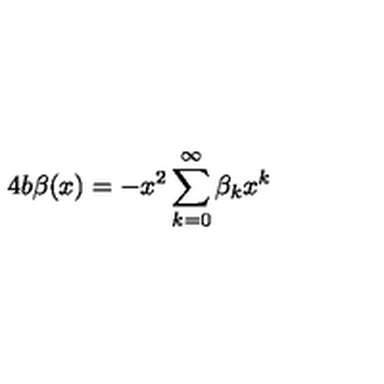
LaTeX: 4 b \beta ( x ) = - x ^ { 2 } \sum _ { k = 0 } ^ { \infty } \beta _ { k } x ^ { k }